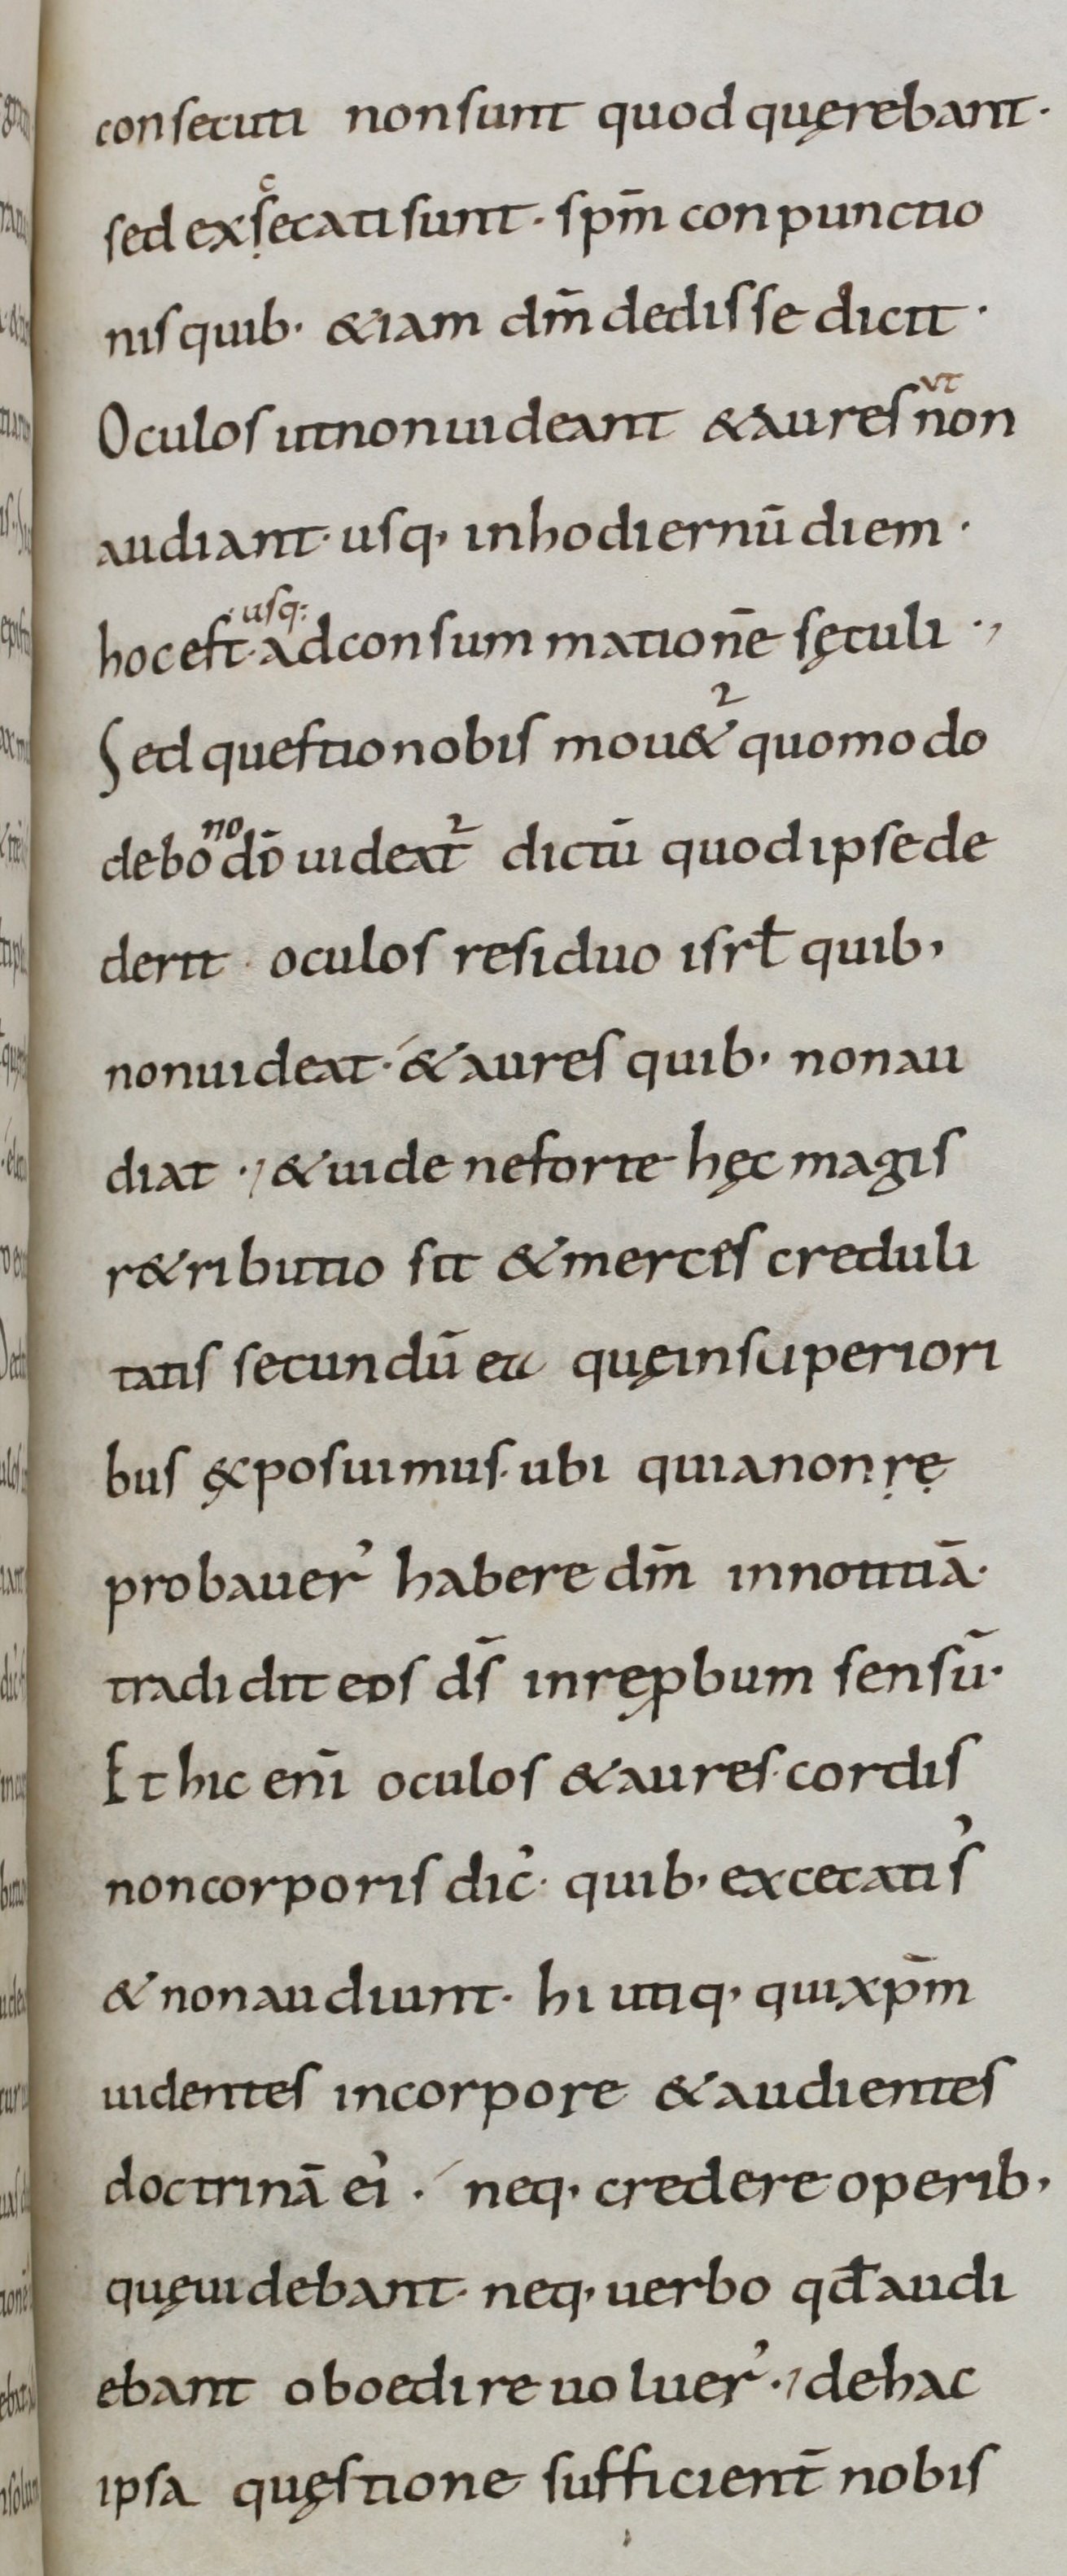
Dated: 800–899